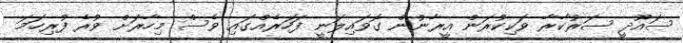
ސައޫދީ ސަރުކާރާ ވަކިކުރަން އީރާނުން ގޮވައިލަނީ ފަހަރެއްގައި ވެސް މިހާރަށް ވުރެ ފުރިހަމަ